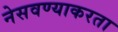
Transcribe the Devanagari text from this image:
नेसवण्याकरता